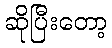
ဆိုပြီးတော့